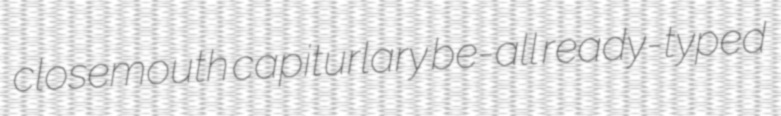
closemouth capiturlary be-all ready-typed